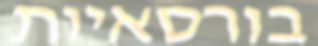
בורסאיות